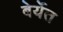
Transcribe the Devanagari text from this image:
बेर्येत